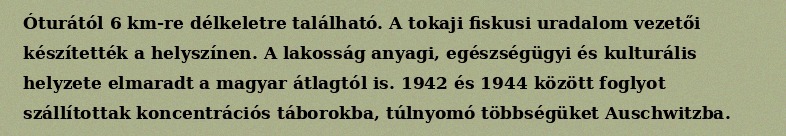
Óturától 6 km-re délkeletre található. A tokaji fiskusi uradalom vezetői készítették a helyszínen. A lakosság anyagi, egészségügyi és kulturális helyzete elmaradt a magyar átlagtól is. 1942 és 1944 között foglyot szállítottak koncentrációs táborokba, túlnyomó többségüket Auschwitzba.